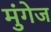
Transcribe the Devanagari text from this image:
मुंगेज